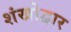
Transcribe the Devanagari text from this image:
शंखोद्वार